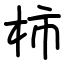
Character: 柿